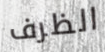
الظرف